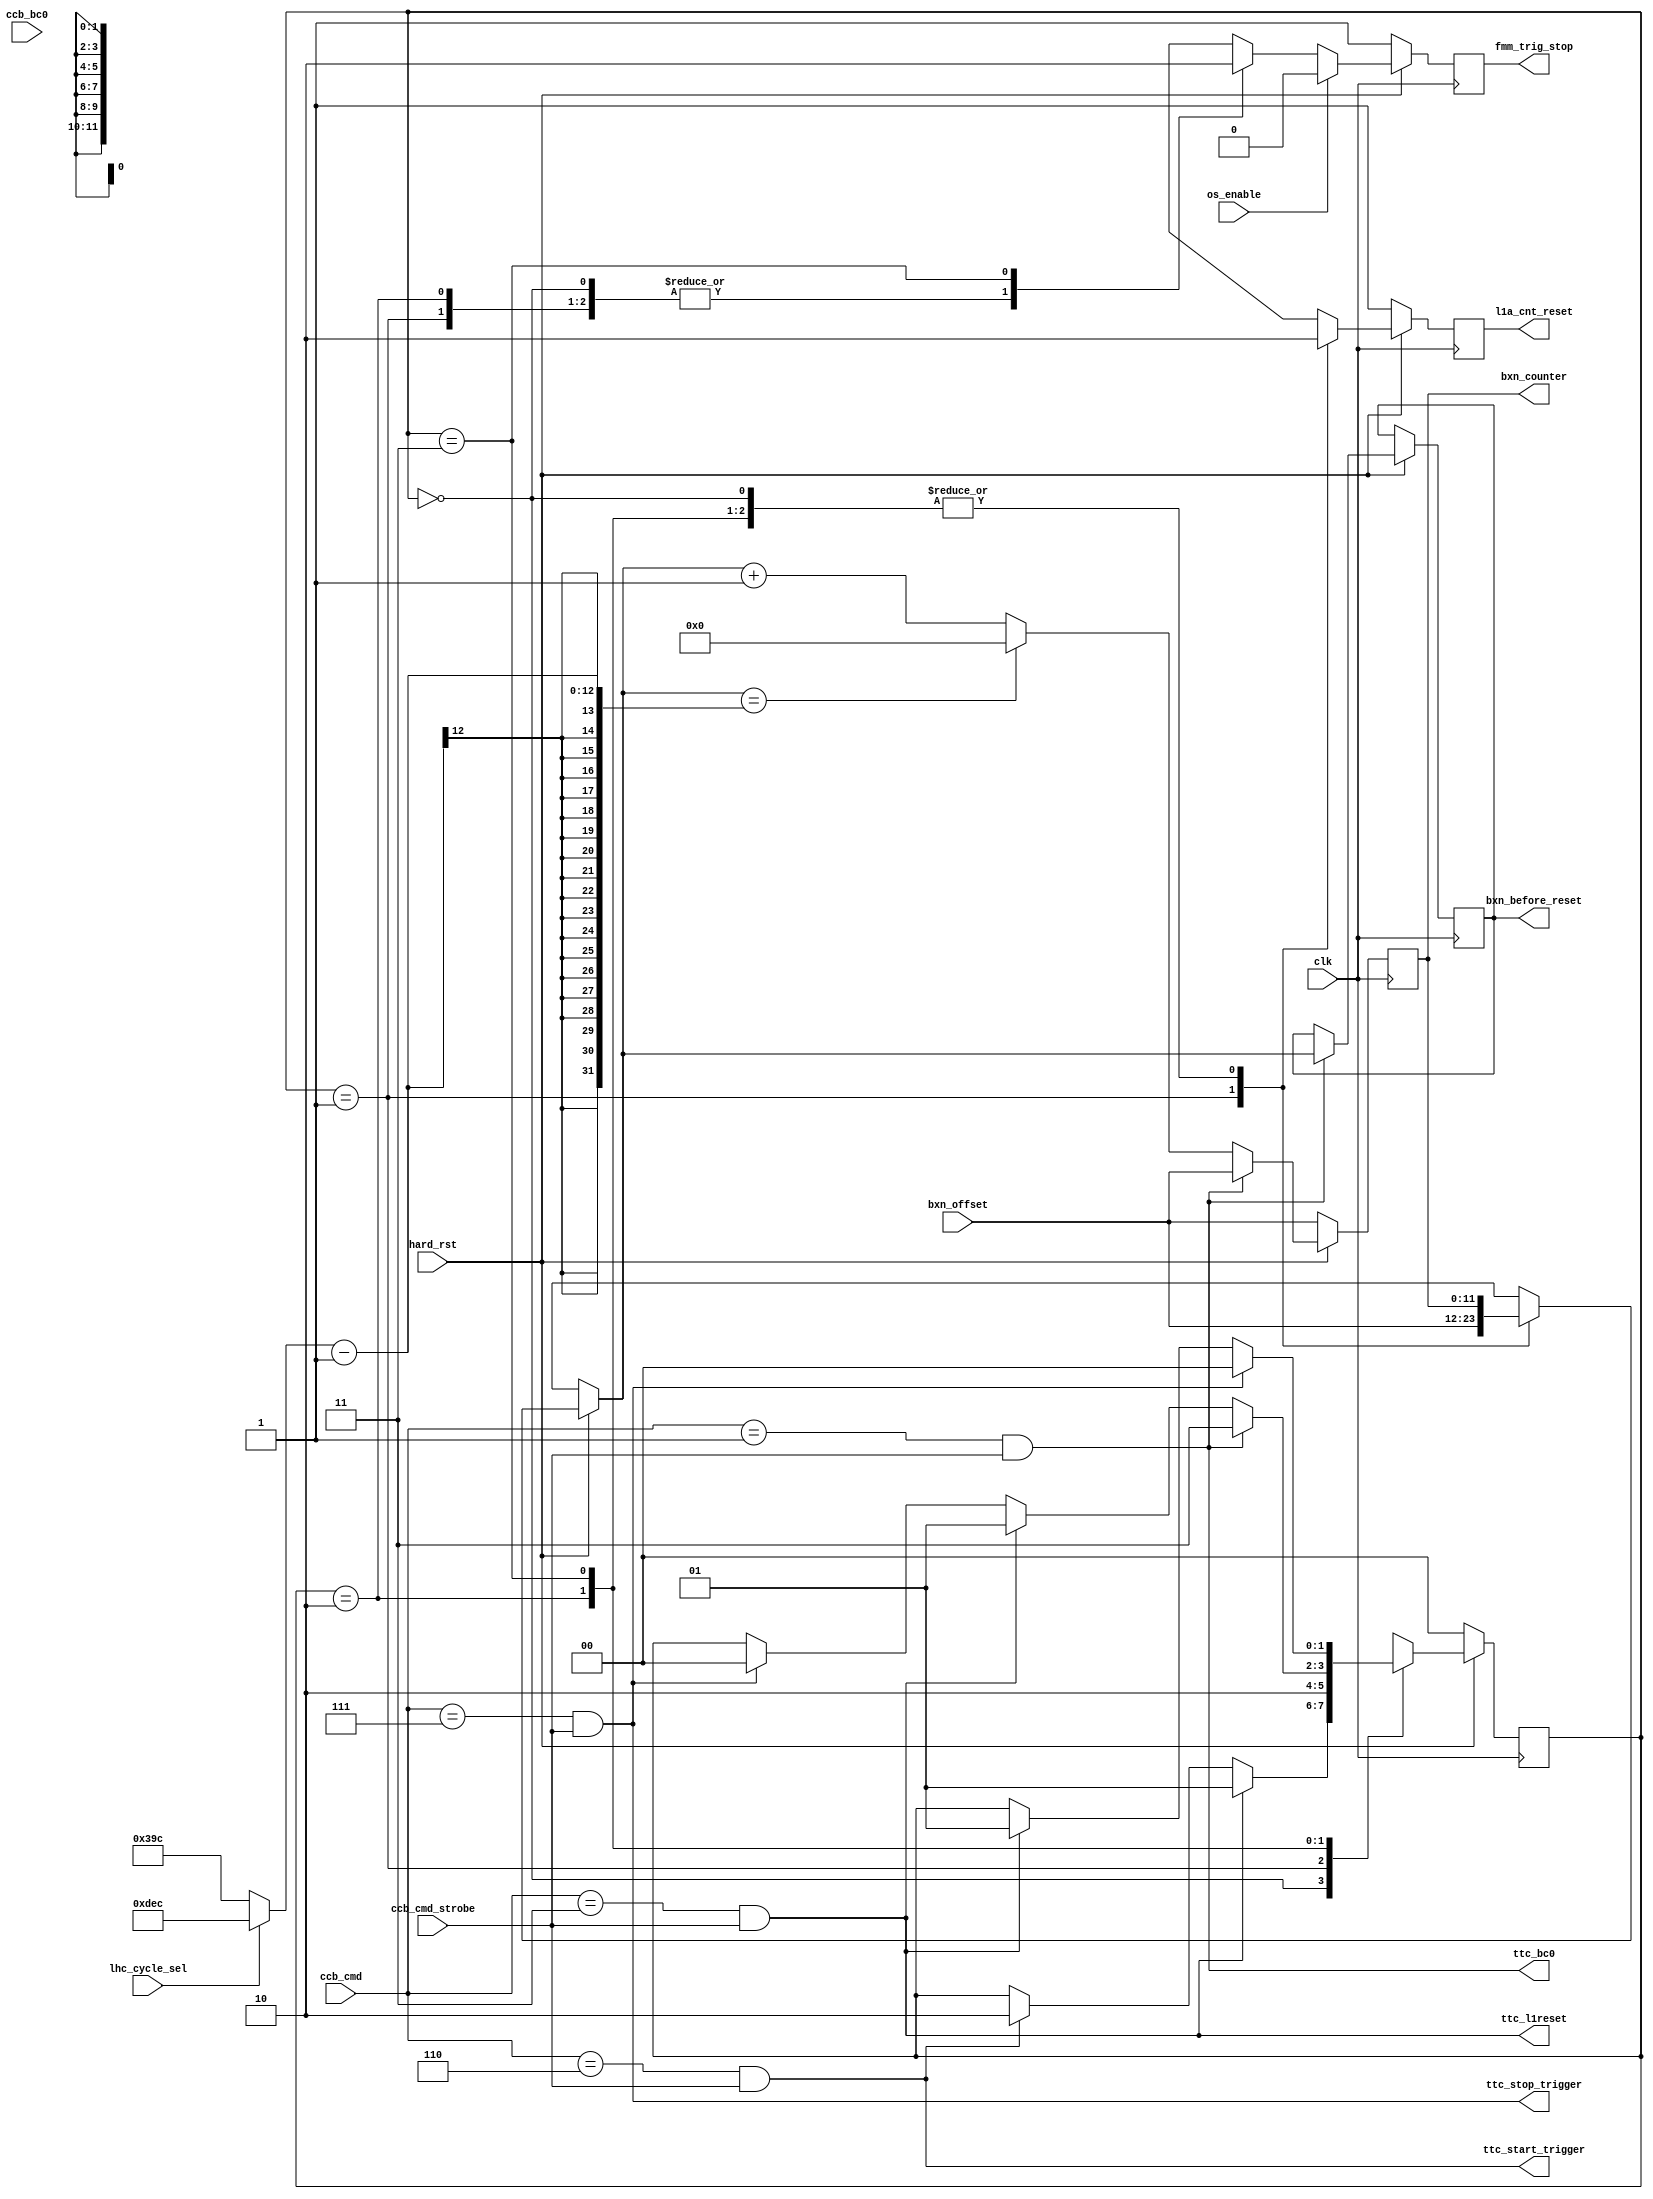
// This  Verilog HDL  source  file was  automatically generated
// by C++ model based on VPP library. Modification of this file
// is possible, but if you want to keep it in sync with the C++
// model,  please  modify  the model and re-generate this file.
// VPP library web-page: http://www.phys.ufl.edu/~madorsky/vpp/

// Timestamp : Fri Mar 22 16:34:02 2019

module synchro
(
    hard_rst,
    os_enable,
    ccb_cmd,
    ccb_cmd_strobe,
    ccb_bc0,
    bxn_offset,
    lhc_cycle_sel,
    bxn_counter,
    l1a_cnt_reset,
    fmm_trig_stop,
    ttc_l1reset,
    ttc_bc0,
    ttc_start_trigger,
    ttc_stop_trigger,
    bxn_before_reset,
    clk
);

    input hard_rst;
    input os_enable;
    input [5:0] ccb_cmd;
    input ccb_cmd_strobe;
    input ccb_bc0;
    input [11:0] bxn_offset;
    input lhc_cycle_sel;
    output [11:0] bxn_counter;
    reg    [11:0] bxn_counter;
    output l1a_cnt_reset;
    reg    l1a_cnt_reset;
    output fmm_trig_stop;
    reg    fmm_trig_stop;
    output ttc_l1reset;
    output ttc_bc0;
    output ttc_start_trigger;
    output ttc_stop_trigger;
    output [11:0] bxn_before_reset;
    reg    [11:0] bxn_before_reset;
    input clk;

    wire [11:0] lhc_cycle;
    reg [1:0] fmm_sm;
    assign lhc_cycle = (lhc_cycle_sel) ? 3564 : 924;
    assign ttc_l1reset = (ccb_cmd == 3) && ccb_cmd_strobe;
    assign ttc_bc0 = (ccb_cmd == 1) && ccb_cmd_strobe;
    assign ttc_start_trigger = (ccb_cmd == 6) && ccb_cmd_strobe;
    assign ttc_stop_trigger = (ccb_cmd == 7) && ccb_cmd_strobe;
    always @(posedge clk) 
    begin
        fmm_trig_stop = 0;
        l1a_cnt_reset = 0;
        if (!hard_rst) 
        begin
            fmm_sm = 0;
            fmm_trig_stop = 1;
            l1a_cnt_reset = 1;
            bxn_counter = bxn_offset;
        end
        else 
        begin
            case (fmm_sm)
                0 : 
                begin
                    fmm_trig_stop = 1;
                    if (ttc_l1reset) fmm_sm = 1;
                    else if (ttc_start_trigger) fmm_sm = 2;
                end
                1 : 
                begin
                    fmm_trig_stop = 1;
                    l1a_cnt_reset = 1;
                    bxn_counter = bxn_offset;
                    fmm_sm = 2;
                end
                2 : 
                begin
                    fmm_trig_stop = 1;
                    if (ttc_bc0) fmm_sm = 3;
                    else if (ttc_l1reset) fmm_sm = 1;
                    else if (ttc_stop_trigger) fmm_sm = 0;
                end
                3 : 
                begin
                    if (ttc_stop_trigger) fmm_sm = 0;
                    else if (ttc_l1reset) fmm_sm = 1;
                end
                default : fmm_sm = 0;
            endcase
            if (ttc_bc0) 
            begin
                bxn_before_reset = bxn_counter;
                bxn_counter = bxn_offset;
            end
            else if (bxn_counter == (lhc_cycle - 1)) bxn_counter = 0;
            else bxn_counter = bxn_counter + 1;
            if (os_enable) fmm_trig_stop = 0;
        end
    end
endmodule